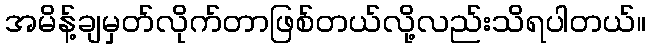
အမိန့်ချမှတ်လိုက်တာဖြစ်တယ်လို့လည်းသိရပါတယ်။